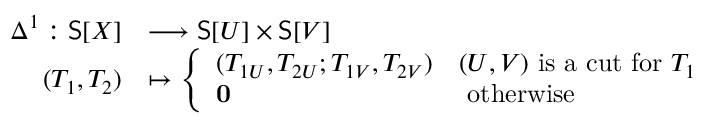
\begin{array} { r l } { \Delta ^ { 1 } : \mathsf { S } [ X ] } & { \longrightarrow \mathsf { S } [ U ] \times \mathsf { S } [ V ] } \\ { ( T _ { 1 } , T _ { 2 } ) } & { \mapsto \left\{ \begin{array} { l l } { ( T _ { 1 U } , T _ { 2 U } ; T _ { 1 V } , T _ { 2 V } ) } & { ( U , V ) \mathrm { ~ i s ~ a ~ c u t ~ f o r ~ } T _ { 1 } } \\ { { \mathbf 0 } } & { \mathrm { ~ o t h e r w i s e } } \end{array} \right. } \end{array}